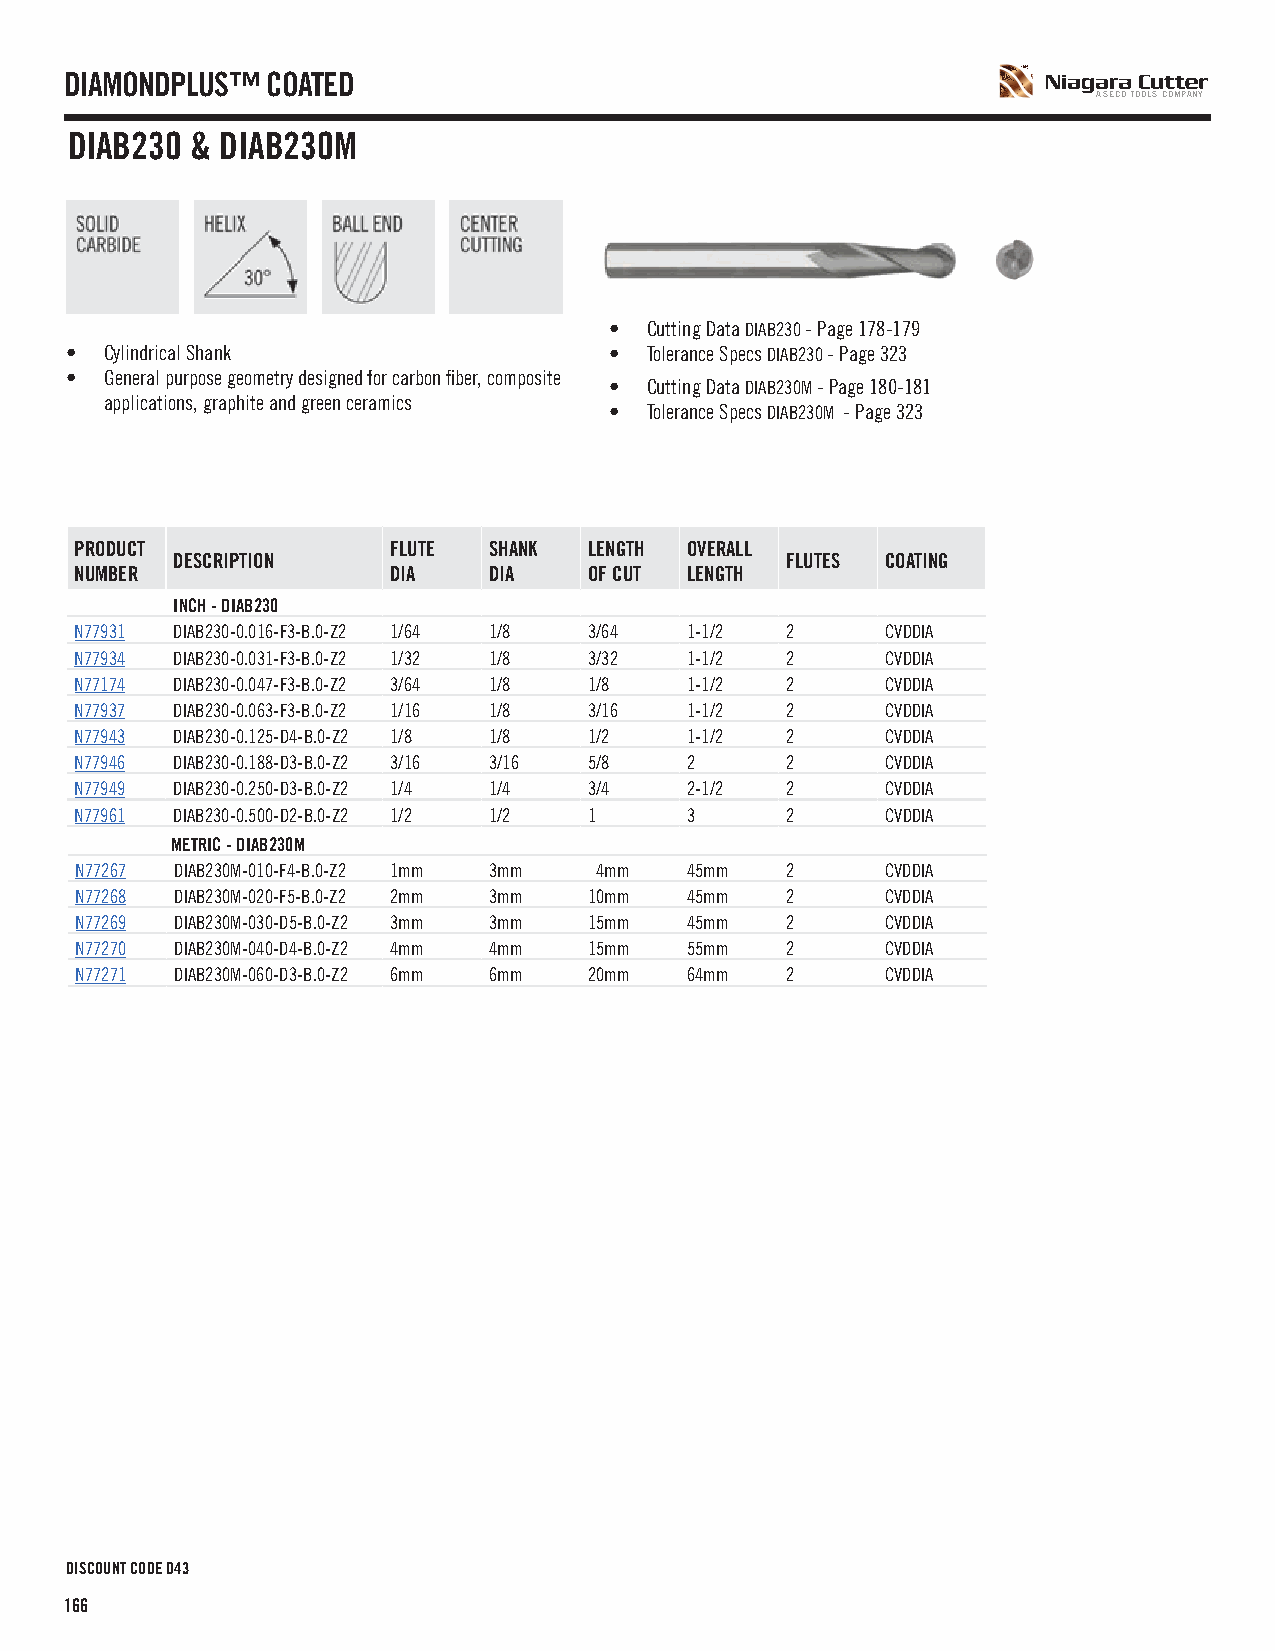
DIAMONDPLUS™  COATED
 A SECO TOOLS COMPANY
 DIAB230  & DIAB230M
 •  Cutting Data DIAB230 - Page 178-179
 •  Cylindrical Shank                •  Tolerance Specs DIAB230 - Page 323
 •  General purpose geometry designed for carbon fiber, composite
 •  Cutting Data DIAB230M - Page 180-181
 applications, graphite and green ceramics
 •  Tolerance Specs DIAB230M - Page 323
 PRODUCT              FLUTE SHANK  LENGTH OVERALL
 DESCRIPTION                              FLUTES COATING
 NUMBER               DIA   DIA    OF CUT LENGTH
 INCH - DIAB230
 N77931 DIAB230-0.016-F3-B.0-Z2 1/64 1/8 3/64 1-1/2 2  CVDDIA
 N77934 DIAB230-0.031-F3-B.0-Z2 1/32 1/8 3/32 1-1/2 2  CVDDIA
 N77174 DIAB230-0.047-F3-B.0-Z2 3/64 1/8 1/8 1-1/2 2   CVDDIA
 N77937 DIAB230-0.063-F3-B.0-Z2 1/16 1/8 3/16 1-1/2 2  CVDDIA
 N77943 DIAB230-0.125-D4-B.0-Z2 1/8 1/8 1/2 1-1/2 2    CVDDIA
 N77946 DIAB230-0.188-D3-B.0-Z2 3/16 3/16 5/8 2 2      CVDDIA
 N77949 DIAB230-0.250-D3-B.0-Z2 1/4 1/4 3/4 2-1/2 2    CVDDIA
 N77961 DIAB230-0.500-D2-B.0-Z2 1/2 1/2 1 3     2      CVDDIA
 METRIC - DIAB230M
 N77267 DIAB230M-010-F4-B.0-Z2 1mm 3mm 4mm 45mm 2      CVDDIA
 N77268 DIAB230M-020-F5-B.0-Z2 2mm 3mm 10mm 45mm 2     CVDDIA
 N77269 DIAB230M-030-D5-B.0-Z2 3mm 3mm 15mm 45mm 2     CVDDIA
 N77270 DIAB230M-040-D4-B.0-Z2 4mm 4mm 15mm 55mm 2     CVDDIA
 N77271 DIAB230M-060-D3-B.0-Z2 6mm 6mm 20mm 64mm 2     CVDDIA
 DISCOUNT CODE D43
 166